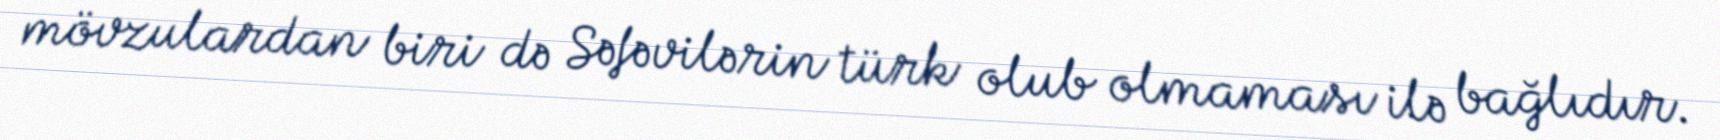
mövzulardan biri də Səfəvilərin türk olub olmaması ilə bağlıdır.